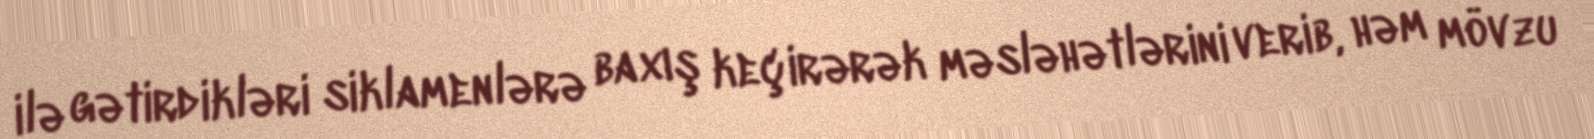
ilə gətirdikləri siklamenlərə baxış keçirərək məsləhətlərini verib, həm mövzu